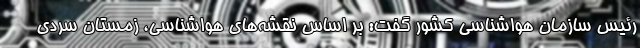
رئیس سازمان هواشناسی کشور گفت: بر اساس نقشه‌های هواشناسی، زمستان سردی